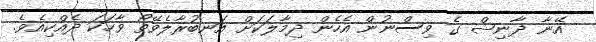
އޭނާ ދާނިޝް ގެ ވިސްނުން އެހެން ދިމާލަކަށް އަނބުރާލެވޭތޯ ވާހަކަ ދެއްކިއެވެ.